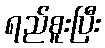
ရည်စူးပြီး